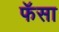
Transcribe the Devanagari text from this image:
फॅसा